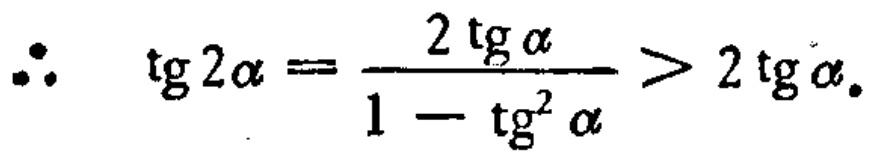
\(\therefore\ \ \ \mathrm{tg}2\alpha=\frac{2\mathrm{tg}\alpha}{1 - \mathrm{tg}^{2}\alpha}>2\mathrm{tg}\alpha\)